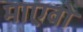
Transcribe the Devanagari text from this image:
माएवो